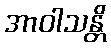
အာဝါသန္တိ